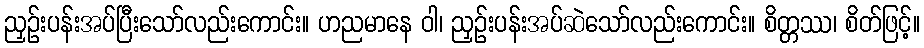
ညှဉ်းပန်းအပ်ပြီးသော်လည်းကောင်း။ ဟညမာနေ ဝါ၊ ညှဉ်းပန်းအပ်ဆဲသော်လည်းကောင်း။ စိတ္တဿ၊ စိတ်ဖြင့်။